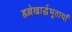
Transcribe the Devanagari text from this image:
हृल्लेखार्द्धभूतायाँ